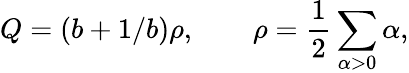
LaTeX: Q=(b+1/b)\rho,\qquad\rho=\frac 12\sum_{\alpha>0}\alpha,